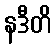
နဒီတိ